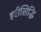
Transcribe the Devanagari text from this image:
हरीसिद्धि